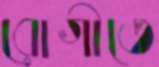
রোগীতে